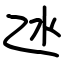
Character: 氹